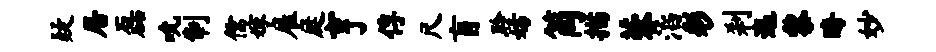
疑居磊吮制儒嫁雇庭亨俘尺盲聆妨筒描蓉滔彩刹迤黎晦妙